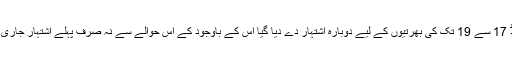
تفصیلات کے مطابق وزارت کی جانب سے پاکستان حلال اتھارٹی میں گریڈ 17 سے 19 تک کی بھرتیوں کے لیے دوبارہ اشتہار دے دیا گیا اس کے باوجود کے اس حوالے سے نہ صرف پہلے اشتہار جاری کیا جا چکا تھا بلکہ اُمیدوارن کے ٹیسٹ اور انٹرویوز بھی لیے جاچکے ہیں۔